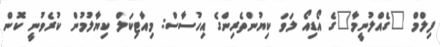
ފިލްމް "ގެއްލުނީމާ"ގެ އޯޑިއޯ ލަވަ ކިޔުންތެރިންގެ އިހުސާސް: މިއާޓިކަލް ކިޔާލުމުން ކުރެވުނީ ކޮން